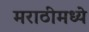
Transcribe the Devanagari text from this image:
मराठीमध्‍ये